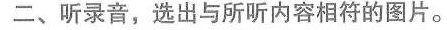
二、听录音，选出与所听内容相符的图片。